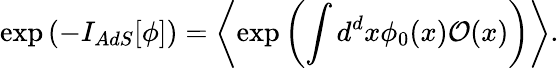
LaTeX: \exp\left(-I_{AdS}[\phi]\right)=\left\langle\exp\left(\int d^{d}x\phi_{0}(x)\mathcal{O}(x)\right)\right\rangle.